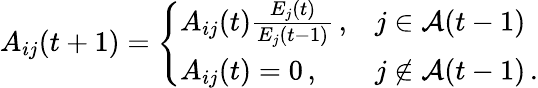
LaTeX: A_{ij}(t+1)=\left\{ \begin{array}{ll}{A_{ij}(t)\frac{E_{j}(t)}{E_{j}(t-1)}\, ,}&{j\in\mathcal{A}(t-1)}\\ {A_{ij}(t)=0\, ,}&{j\not\in\mathcal{A}(t-1)\, .}\end{array}\right.